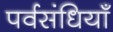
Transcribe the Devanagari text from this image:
पर्वसंधियाँ